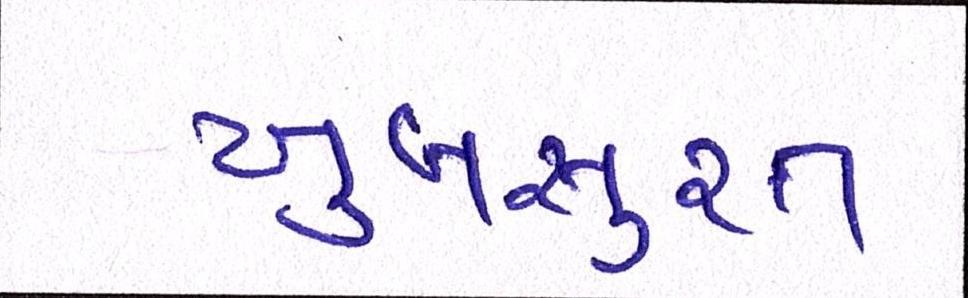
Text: ખુબસુરત